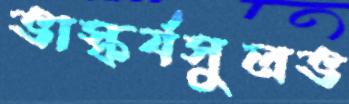
ভাস্কর্যসুলভ